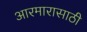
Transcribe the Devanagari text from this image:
आरमारासाठी